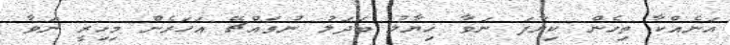
އަނެއްކާ ތިހެން ކިޔާފަ ނަވާ ޚިޔާލު ބަދަލު ނުވައްޗޭ އަހަރެން މިހިރީ ނަވާ